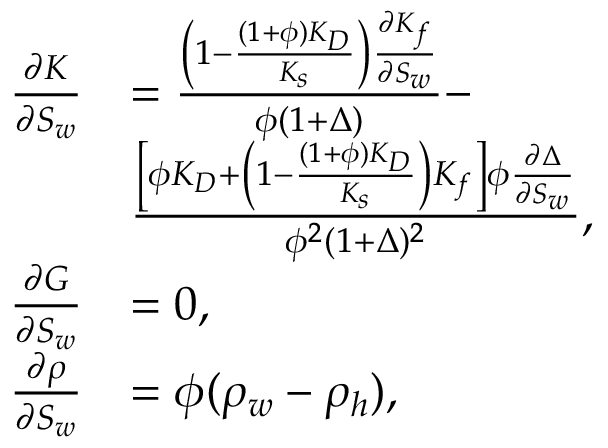
\begin{array} { r } { \begin{array} { r l } { \frac { \partial K } { \partial S _ { w } } } & { = \frac { \left( 1 - \frac { ( 1 + \phi ) K _ { D } } { K _ { s } } \right) \frac { \partial K _ { f } } { \partial S _ { w } } } { \phi ( 1 + \Delta ) } - } \\ & { \frac { \left[ \phi K _ { D } + \left( 1 - \frac { ( 1 + \phi ) K _ { D } } { K _ { s } } \right) K _ { f } \right] \phi \frac { \partial \Delta } { \partial S _ { w } } } { \phi ^ { 2 } ( 1 + \Delta ) ^ { 2 } } , } \\ { \frac { \partial G } { \partial S _ { w } } } & { = 0 , } \\ { \frac { \partial \rho } { \partial S _ { w } } } & { = \phi ( \rho _ { w } - \rho _ { h } ) , } \end{array} } \end{array}